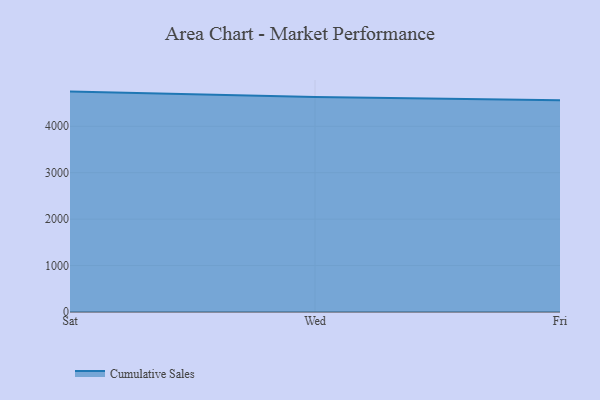
{"axis": {"x": "Day", "y": "Energy Usage (MWh)"}, "legend": ["Cumulative Sales"], "data": [{"x": "Sat", "y": 4747.1, "type": "Cumulative Sales"}, {"x": "Wed", "y": 4628.2, "type": "Cumulative Sales"}, {"x": "Fri", "y": 4559.5, "type": "Cumulative Sales"}]}